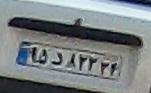
۹۵د۸۲۲۳۴